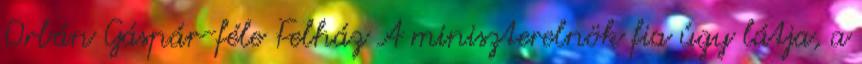
Orbán Gáspár-féle Felház A miniszterelnök fia úgy látja, a